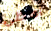
احظى